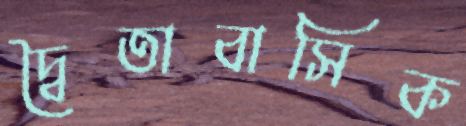
দ্বৈতাবাসিক